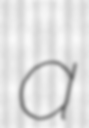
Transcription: a